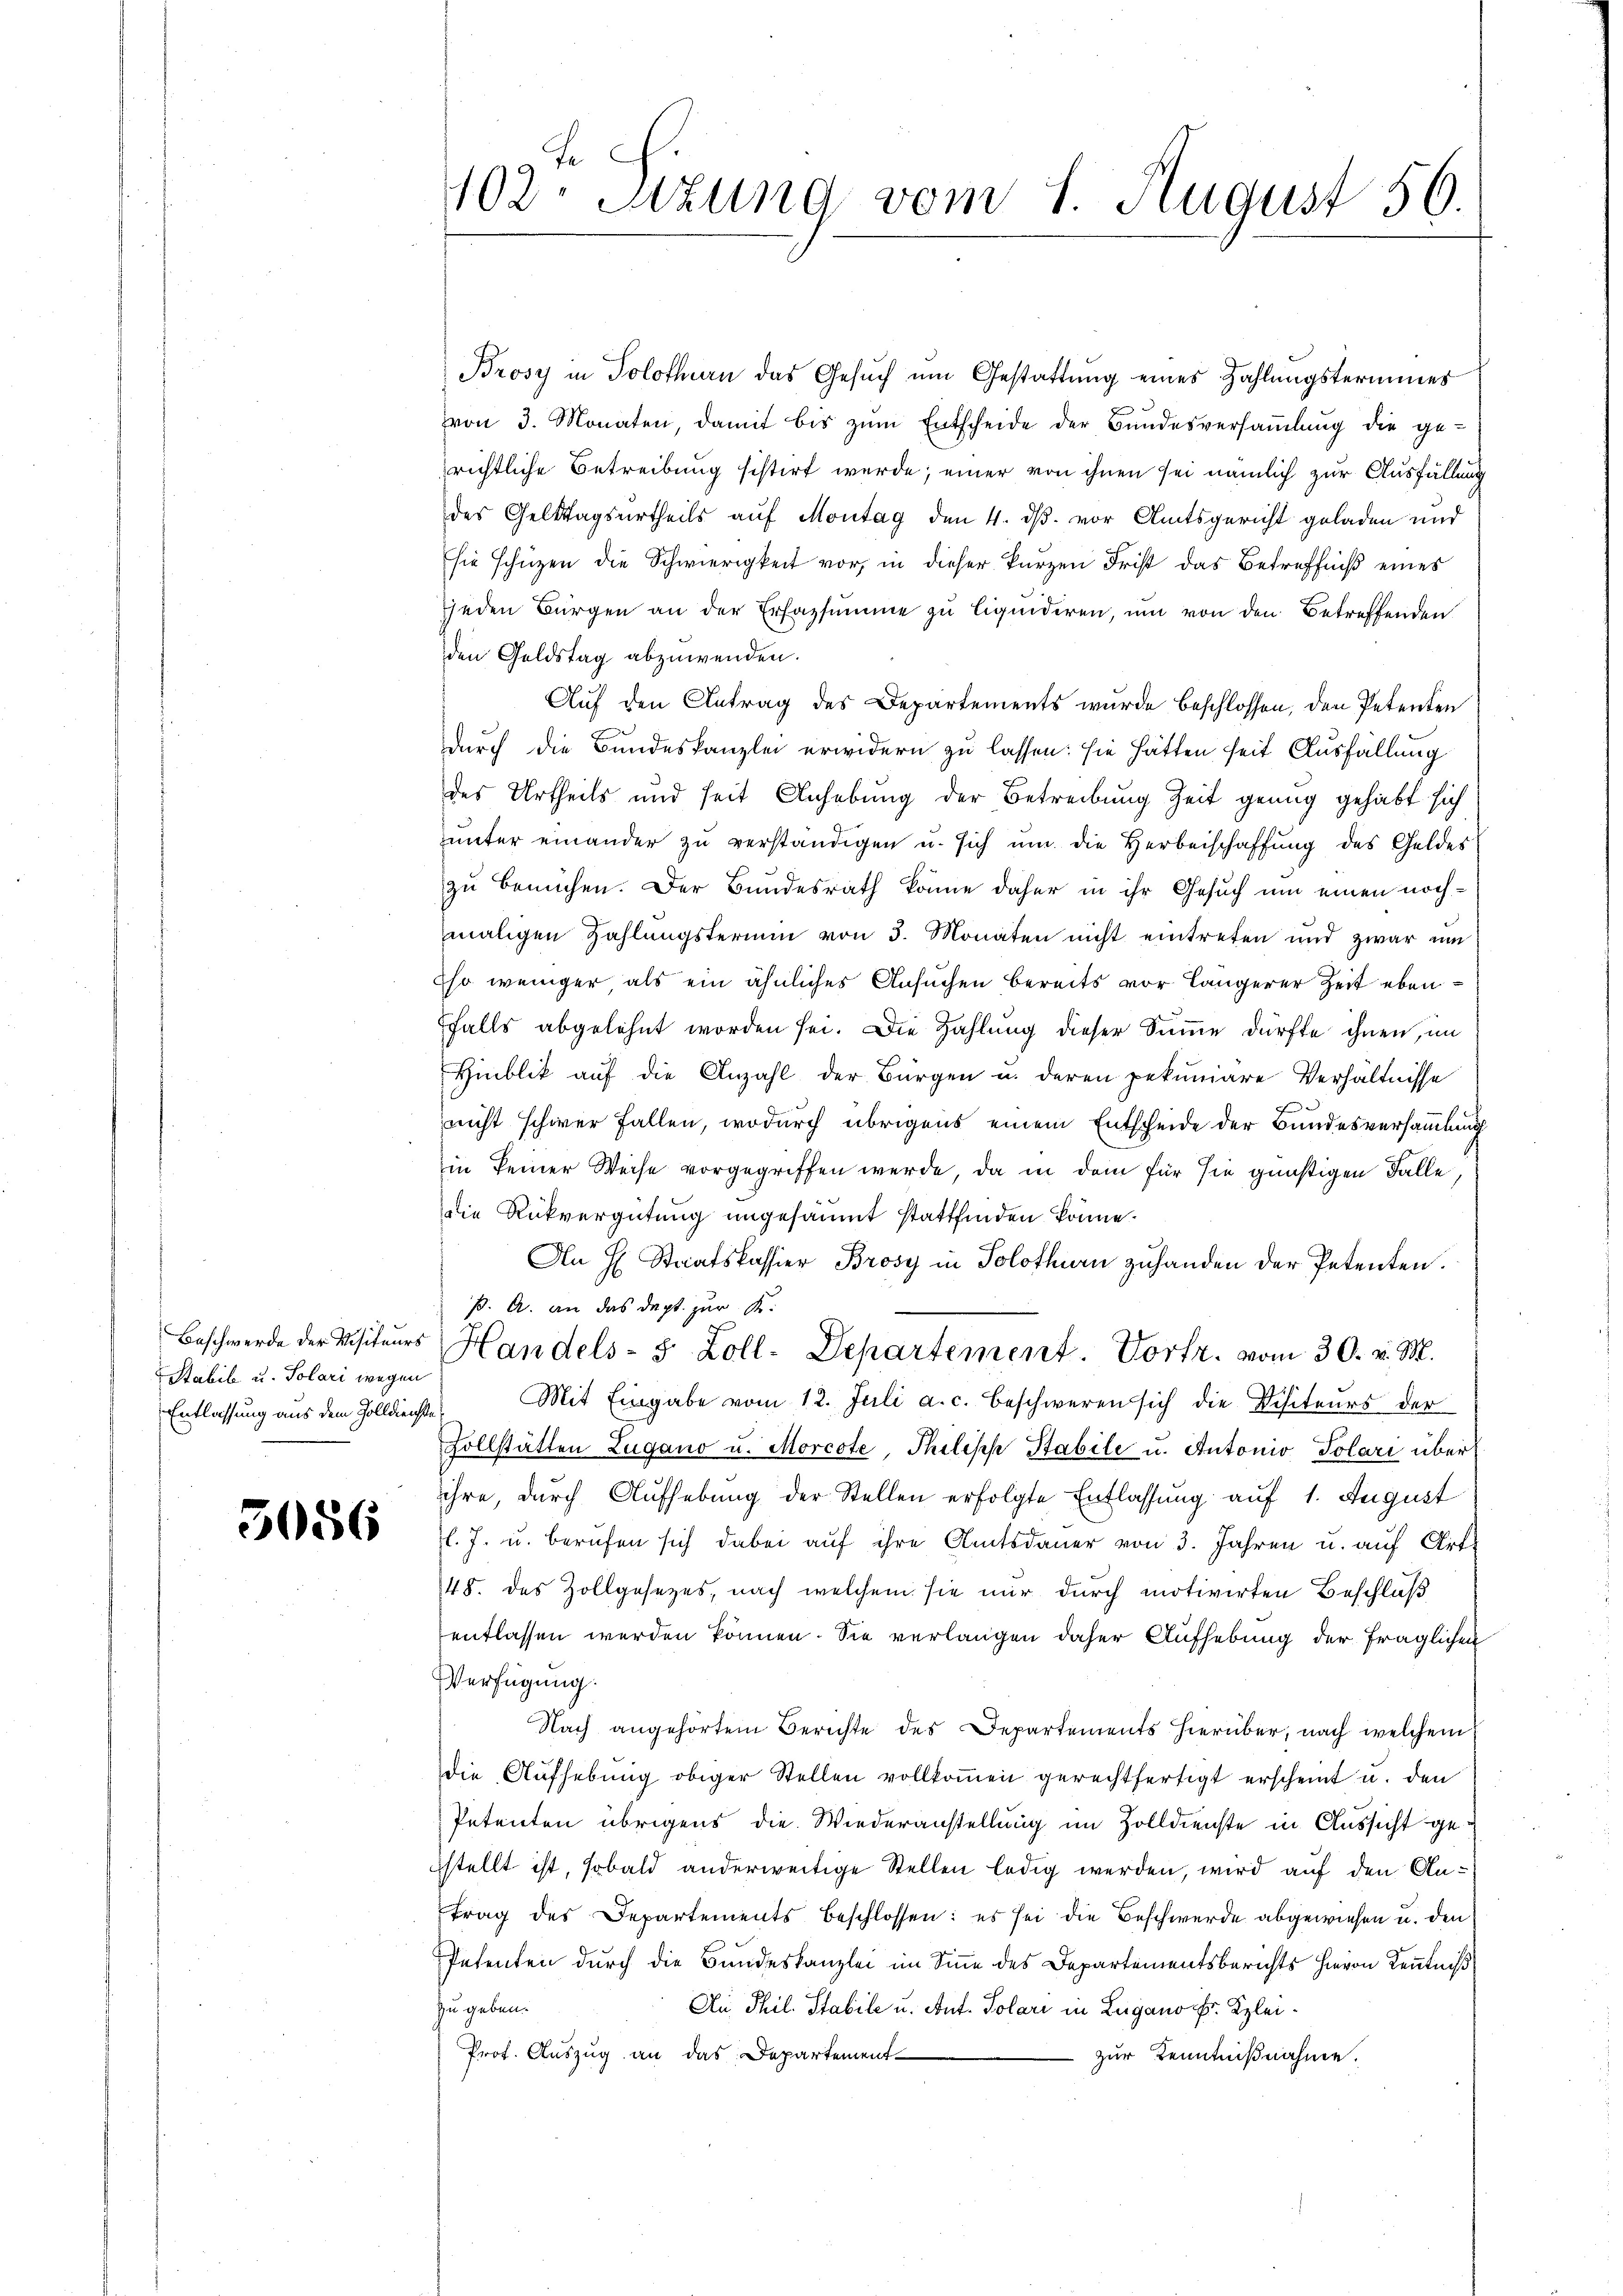
Beschwerde der Visiteurs
Stabile u. Solari wegen
Entlassung aus dem Zolldienste

3056

402. Sitzung vom 1. August 56.

Brosy in Solothurn das Gesuch um Gestattung eines Zahlungstermines
von 3. Monaten, damit bis zŭm Entscheide der Bundesversaṁlŭng die ge-
richtliche Betreibung sistirt werde; einer von ihnen sei nämlich zur Ausfällung
des Geldtagsurtheils auf Montag den 4. ds. vor Amtsgericht geladen und
sie schüzen die Schwierigkeit vor, in dieser kurzen Frist das Betreffniß eines
jeden Bürgen an der Erfassumme zu liquidiren, um von den Betreffenden
den Geldstag abzuwenden.
Auf den Antrag des Departements wurde beschlossen, den Petenten
durch die Bundeskanzlei erwidern zu lassen: sie hätten seit Ausfällung
des Urtheils und seit Anhebung der Betreibung Zeit genug gehabt sich
unter einander zu verständigen u. sich um die Herbeischaffung des Geldes
zu bemühen. Der Bundesrath könne daher in ihr Gesuch um einen nochmaligen Zahlŭngstermin von 3. Monaten nicht eintreten und zwar um
so weniger als ein ähnliches Ansuchen bereits vor längerer Zeit ebenfalls abgelehnt worden sei. Die Zahlung dieser Summe dürfte ihnen, im
Hinblik auf die Anzahl der Bürgen u. deren pekuniäre Verhältnisse
nicht schwer fallen, wodurch übrigens einem Entscheide der Bundesversammlung
in keiner Weise vorgegriffen werde, da in dem für sie günstigen Falle,
die Rückvergütung ungesäumt stattfinden könne.
An H. Staatskassier Brosy in Solothurn zuhanden der Petenten.
p. A. an das dept. zur K.
Handels- 5 Zoll-Departement. Vortr. vom 30. v. M.
 Mit Eingabe vom 12. Juli a. c. beschweren sich die Disiteurs der
Zollstätten Lugano u. Morcote, Philisch Stabile u. Antonio Polari über
ihre, durch Aufhebung der Stellen erfolgte Entlassung auf 1. August
l. J. u. berufen sich dabei auf ihre Amtsdauer von 3. Jahren u. auf Art.
148. des Zollgesezes, nach welchem sie mir durch motivirten Beschluß
entlassen werden können. Sie verlangen daher Aufhebung der fraglichen
Verfügung.
Nach angehörtem Berichte des Departements hierüber, nach welchem
die Aŭfhebŭng obiger Stellen vollkoṁen gerechtfertigt erscheint u. den
Petenten übrigens die Wiederanstellung im Zolldienste in Aussicht geustellt ist, sobald anderweitige Stellen ledig werden, wird auf den Antrag des Departements beschlossen: es sei die Beschwerde abgewiesen u. den
Petenten durch die Bundeskanzlei im Sinne des Departementsberichts hievon Kenntniß
zu geben.
An Phil. Stabile u. Ant. Solari in Lugano. Klei¬
Prof. Auszug an das Departement
zur Kenntnißnahme.